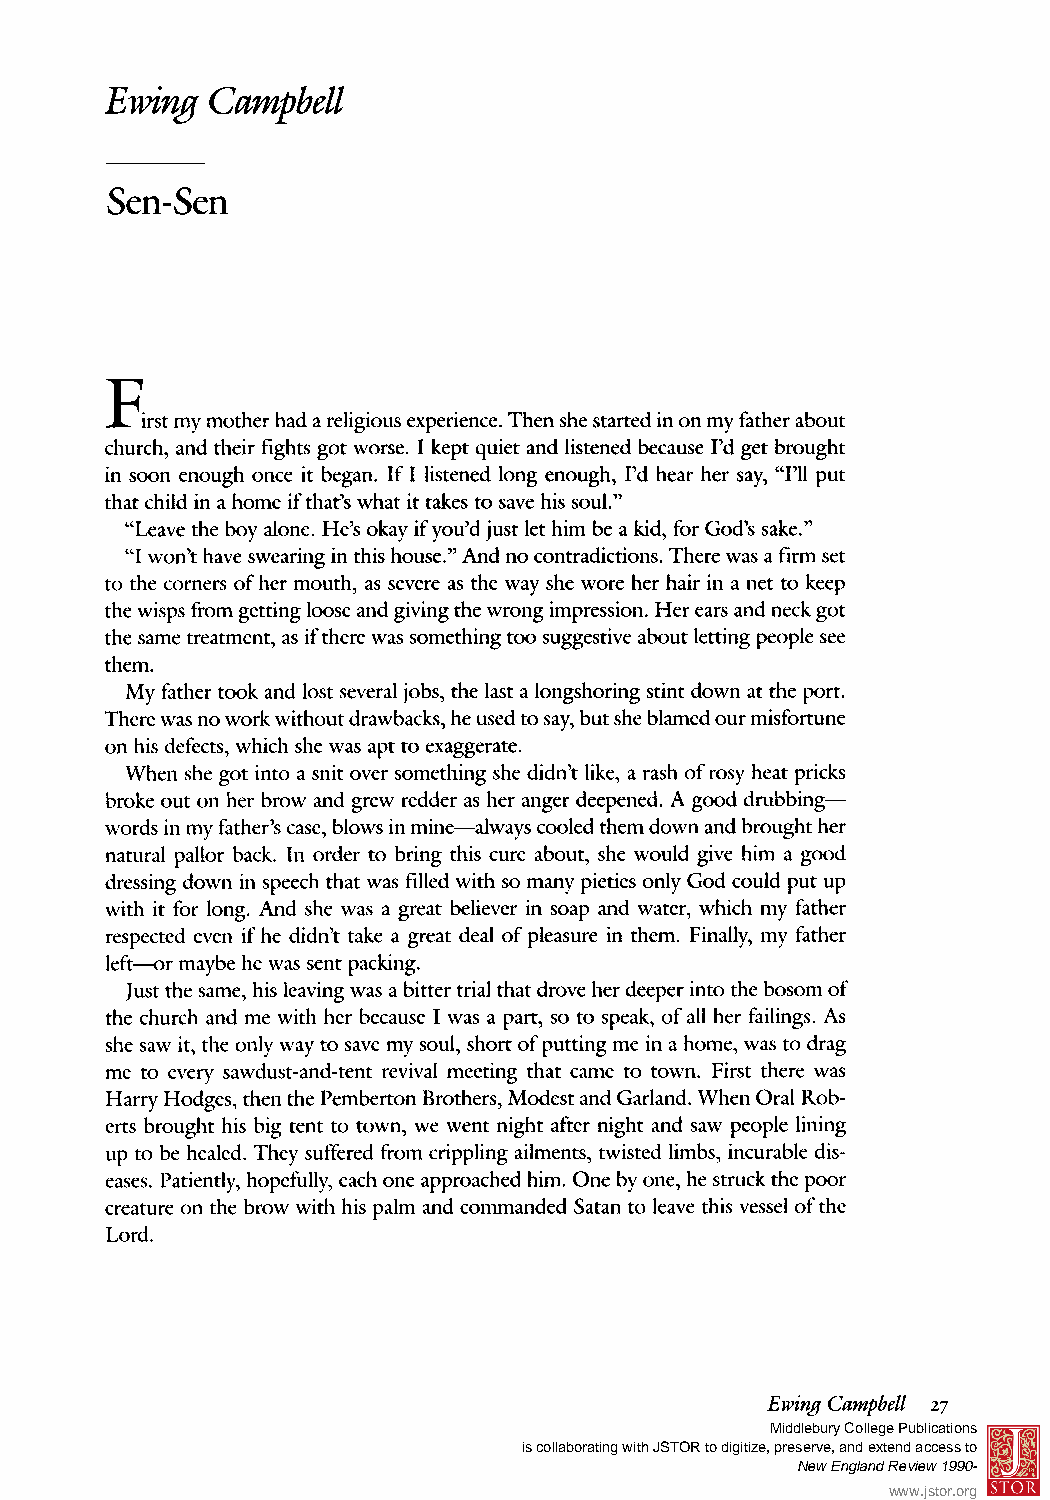
EwingC  ampbell
 Sen-Sen
 JL irstm ym otherh ad a religiouse xperienceT. hen she startedin on myf atherab out
 church,a nd theirf ightsg ot worse.I keptq uiet and listenedb ecauseP d get brought
 in soon enough once it began. If I listenedl ong enough,P d hear her say," PU put
 thatc hildi n a home ift hat'sw hati t takest o save his soul."
 "Leave the boy alone. He's okayi fy ou'd just let himb e a kid,f orG od's sake."
 "I won'th aves wearingi n thish ouse." And no contradictionTs.h erew as a firms et
 to the cornerso f herm outh,a s severea s the way she wore her hairi n a net to keep
 thew ispsf romg ettinglo ose and givingt hew rongi mpressionH. er earsa nd neckg ot
 thes amet reatmenta,s ift herew as somethingt oo suggestivea bout lettingp eople see
 them.
 My fathert ook and lost severalj obs, the lasta longshoringst intd own at the port.
 Therew as no workw ithoutd rawbacksh, e used to say,b uts he blamedo ur misfortune
 on his defectsw, hichs he was apt to exaggerate.
 When she got into a snito vers omethings he didn'tl ike,a rasho f rosyh eat pricks
 brokeo ut on herb row and grewr eddera s hera ngerd eepened.A good drubbing-
 wordsi n myf ather'csa se, blows in mine- alwaysc ooled themd own and broughth er
 naturalp allor back. In ordert o bringt hisc ure about, she would give him a good
 dressingd own in speecht hatw as filledw iths o manyp ietieso nlyG od could put up
 with it forl ong. And she was a greatb elieveri n soap and water,w hichm y father
 respectede ven if he didn'tt ake a greatd eal of pleasurei n them.F inally,m y father
 lef-t or maybeh e was sentp acking.
 Justt hes ame,h is leavingw as a bittert rialt hatd roveh erd eeperi ntot he bosom of
 the churcha nd me withh er because I was a part,s o to speak,o f all her failingsA. s
 she saw it,t he onlyw ay to save mys oul, shorto f puttingm e in a home,w as to drag
 me to everys awdust-and-tenrte vivalm eetingt hat came to town. Firstt herew as
 HarryH odges, thent heP embertonB rothersM, odest and Garland.W henO ral Rob-
 ertsb roughth is big tentt o town,w e wentn ighta ftern ighta nd saw people lining
 up to be healed.T hey sufferefdr omc ripplinga ilmentst, wistedl imbs,i ncurabled is-
 eases. Patientlyh, opefullye,a ch one approachedh im.O ne by one, he struckt he poor
 creatureo n the brow withh is palm and commandedS atan to leavet hisv esselo f the
 Lord.
 EwingC ampbell 27
 Middlebury College Publications
 is collaborating with JSTOR to digitize, preserve, and extend access to
 New England Review 1990- ®
 www.jstor.org